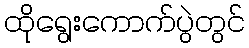
ထိုရွေးကောက်ပွဲတွင်